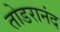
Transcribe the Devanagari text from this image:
तोडरानंद